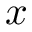
x